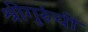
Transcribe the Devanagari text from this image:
श्रीगुरुंची